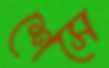
শেসে